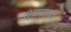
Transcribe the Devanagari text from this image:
क्षात्रत्व